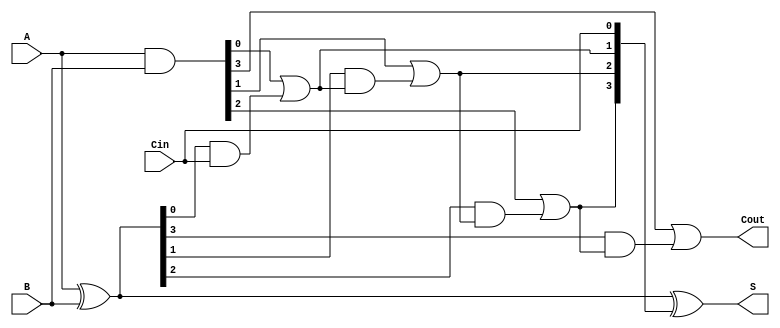
module Sklansky_Adder #(parameter n = 4) (
    input [n-1:0] A,      // First binary number
    input [n-1:0] B,      // Second binary number
    input Cin,            // Carry input
    output [n-1:0] S,     // Sum output
    output Cout           // Carry output
);

    wire [n-1:0] G;       // Generate signals
    wire [n-1:0] P;       // Propagate signals
    wire [n:0] C;         // Carry signals

    // Generate and propagate signals
    assign G = A & B;     // Generate
    assign P = A ^ B;     // Propagate

    // Carry computation
    assign C[0] = Cin;    // Initial carry-in
    assign C[1] = G[0] | (P[0] & C[0]);
    
    genvar i;
    generate
        for (i = 1; i < n; i = i + 1) begin : carry_generation
            wire [i:0] temp_G;
            wire [i:0] temp_P;
            assign temp_G[0] = G[i]; // Direct generate for current bit
            assign temp_P[0] = P[i]; // Direct propagate for current bit
            
            // Calculate carry for higher bits using previous carries
            assign C[i + 1] = temp_G[0] | (temp_P[0] & C[i]);
        end
    endgenerate

    // Sum calculation
    assign S = P ^ C[n-1:0]; // S[i] = P[i] ^ C[i]

    // Final carry out
    assign Cout = C[n];

endmodule